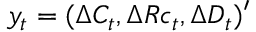
y _ { t } = ( \Delta C _ { t } , \Delta R c _ { t } , \Delta D _ { t } ) ^ { \prime }